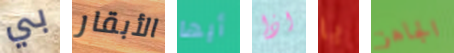
بي الأبقار أيها اذا يا الجاهز